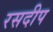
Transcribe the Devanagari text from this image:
रसदीप